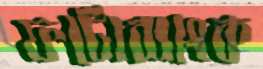
ফটোব্যাংক